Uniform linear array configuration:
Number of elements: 8
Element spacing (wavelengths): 1
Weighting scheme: binomial
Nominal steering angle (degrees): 45
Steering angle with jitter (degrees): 45.151
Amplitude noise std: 0.05
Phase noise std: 0.05

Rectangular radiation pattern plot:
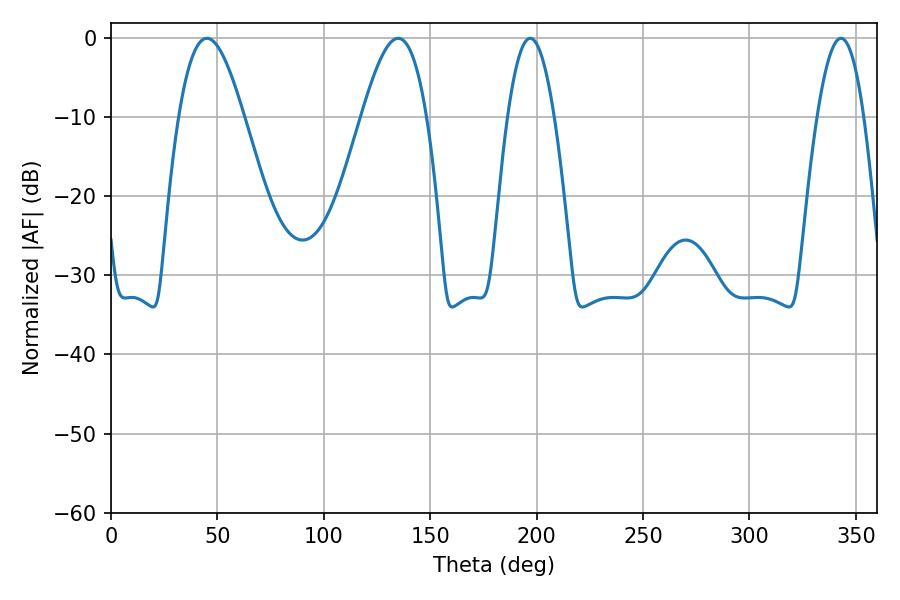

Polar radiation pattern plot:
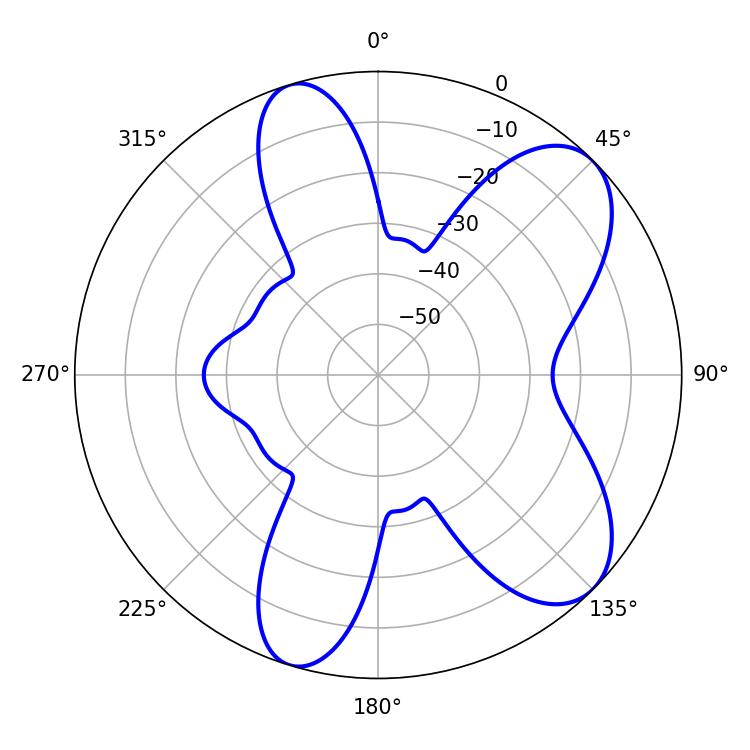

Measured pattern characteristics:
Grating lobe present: TRUE
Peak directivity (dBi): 7.954
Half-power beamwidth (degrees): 16.56
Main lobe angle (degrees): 45